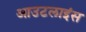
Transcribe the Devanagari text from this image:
आउटलाइंस